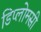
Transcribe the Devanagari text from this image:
डिप्लोमसी